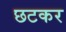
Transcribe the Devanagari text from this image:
छटकर